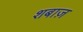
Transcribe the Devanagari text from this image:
शबाज़